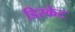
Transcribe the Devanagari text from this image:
डिस्केट